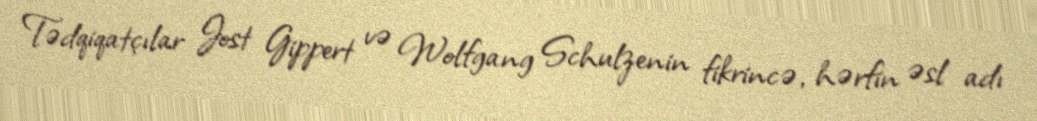
Tədqiqatçılar Jost Gippert və Wolfgang Schulzenin fikrincə, hərfin əsl adı